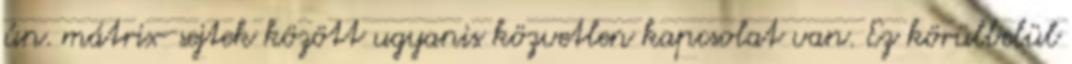
ún. mátrix-sejtek között ugyanis közvetlen kapcsolat van. Ez körülbelül